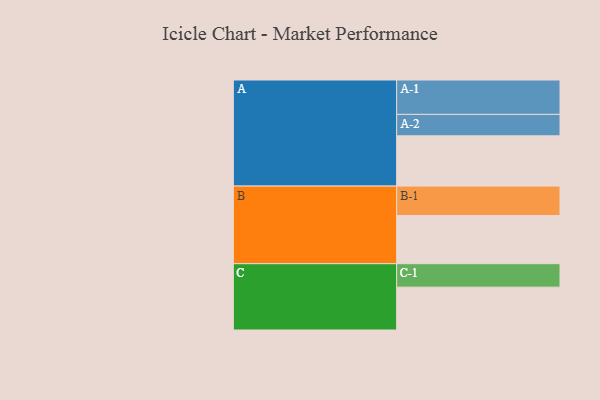
{"axis": {"x": "Segment", "y": "Value"}, "legend": ["", "A", "B", "C"], "data": [{"x": "A", "y": 427, "type": ""}, {"x": "B", "y": 409, "type": ""}, {"x": "C", "y": 364, "type": ""}, {"x": "A-1", "y": 292, "type": "A"}, {"x": "A-2", "y": 182, "type": "A"}, {"x": "B-1", "y": 250, "type": "B"}, {"x": "C-1", "y": 199, "type": "C"}]}